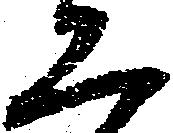
恐